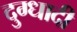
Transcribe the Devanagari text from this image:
दुग्धादी